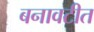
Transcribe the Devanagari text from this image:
बनावटीत